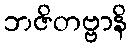
ဘဇိတဗ္ဗာနိ